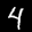
Label: 4